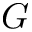
\boldsymbol { G }